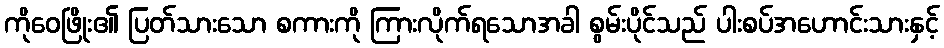
ကိုဝေဖြိုး၏ ပြတ်သားသော စကားကို ကြားလိုက်ရသောအခါ စွမ်းပိုင်သည် ပါးစပ်အဟောင်းသားနှင့်